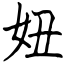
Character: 妞